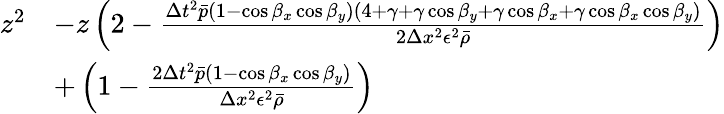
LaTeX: \begin{array}{rl}{z^{2}}&{-z\left(2-\frac{\Delta t^{2}\bar{p}(1-\cos\beta_{x}\cos\beta_{y})(4+\gamma+\gamma\cos\beta_{y}+\gamma\cos\beta_{x}+\gamma\cos\beta_{x}\cos\beta_{y})}{2\Delta x^{2}\epsilon^{2}\bar{\rho}}\right)}\\ &{+\left(1-\frac{2\Delta t^{2}\bar{p}(1-\cos\beta_{x}\cos\beta_{y})}{\Delta x^{2}\epsilon^{2}\bar{\rho}}\right)}\end{array}